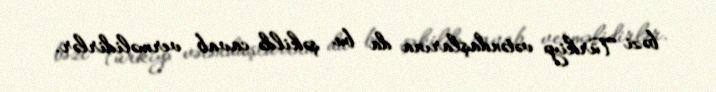
bəzi Türkiyə vətəndaşlarına da bu şəkildə cavab verməlidirlər.